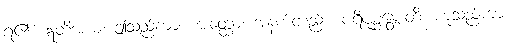
ရ၏။ ဣတိအယံ၊ ဤသည်ကား။ အတ္ထော၊ အနက်တည်း။ ပရိပုစ္ဆန္တောတိ၊ ဟူသည်ကား။